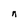
Character: n